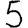
Digit: 5